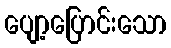
ပျော့ပြောင်းသော